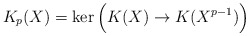
\begin{align*} K_p(X) = \ker \Big( K(X) \to K(X^{p-1}) \Big)\end{align*}